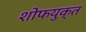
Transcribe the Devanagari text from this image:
शोफयुक्त